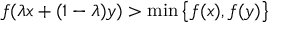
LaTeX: f ( \lambda x + ( 1 - \lambda ) y ) > \operatorname* { m i n } { \big \{ } f ( x ) , f ( y ) { \big \} }